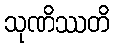
သုဏိဿတိ